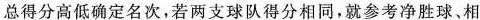
总得分高低确定名次，若两支球队得分相同，就参考净胜球、相